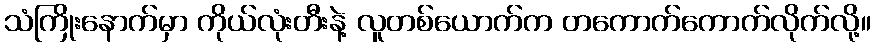
သံကြိုးနောက်မှာ ကိုယ်လုံးတီးနဲ့ လူတစ်ယောက်က တကောက်ကောက်လိုက်လို့။